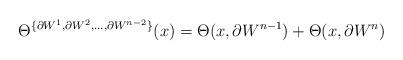
LaTeX: \begin{align*}\Theta^{\{\partial W^1, \partial W^2, \dots, \partial W^{n-2}\}}(x)=\Theta(x, \partial W^{n-1})+\Theta(x, \partial W^{n})\end{align*}